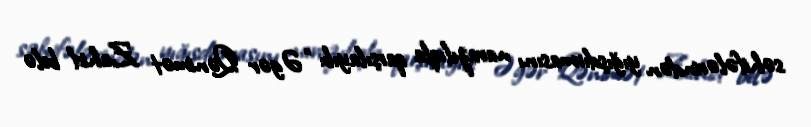
səhifələrindən yığışdırmasını narazılıqla qarşılayıb: “Əgər Qənimət Zahid belə